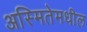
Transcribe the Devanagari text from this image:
अस्मितेमधील